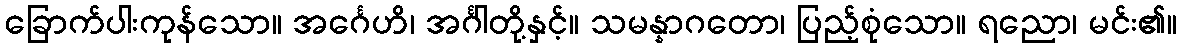
ခြောက်ပါးကုန်သော။ အင်္ဂေဟိ၊ အင်္ဂါတို့နှင့်။ သမန္နာဂတော၊ ပြည့်စုံသော။ ရညော၊ မင်း၏။